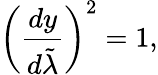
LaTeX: \left({\frac{dy}{d\tilde{\lambda}}}\right)^{2}=1,